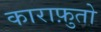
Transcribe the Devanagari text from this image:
काराफ़ुतो